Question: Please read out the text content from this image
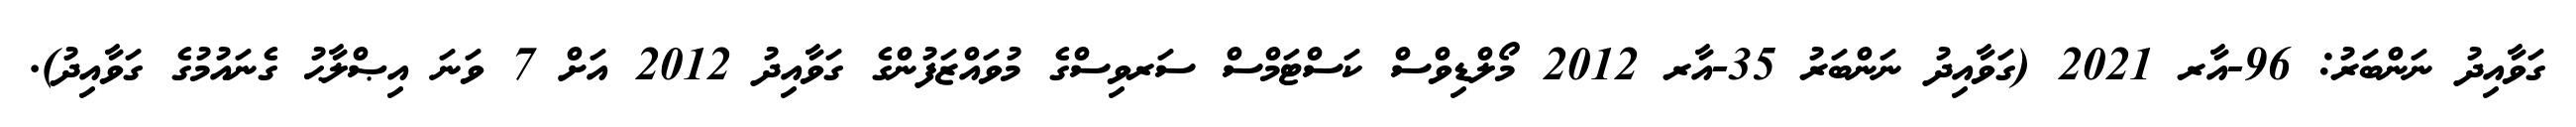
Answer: ގަވާއިދު ނަންބަރު: 96-އާރ 2021 (ގަވާއިދު ނަންބަރު 35-އާރ 2012 މޯލްޑިވްސް ކަސްޓަމްސް ސަރވިސްގެ މުވައްޒަފުންގެ ގަވާއިދު 2012 އަށް 7 ވަނަ އިޞްލާޙު ގެނައުމުގެ ގަވާއިދު).